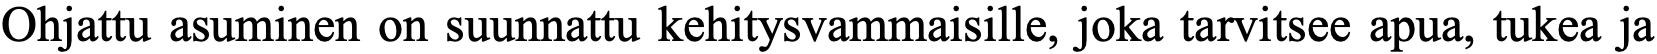
Ohjattu asuminen on suunnattu kehitysvammaisille, joka tarvitsee apua, tukea ja